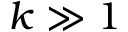
k \gg 1